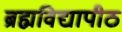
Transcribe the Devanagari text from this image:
ब्रह्मविद्यापीठ